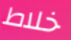
خلاط